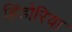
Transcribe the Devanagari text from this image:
हिंडोरिया